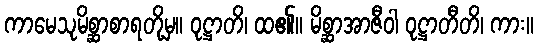
ကာမေသုမိစ္ဆာစာရတို့မှ။ ဝုဋ္ဌာတိ၊ ထ၏။ မိစ္ဆာအာဇီဝါ ဝုဋ္ဌာတီတိ၊ ကား။